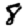
Digit: 8